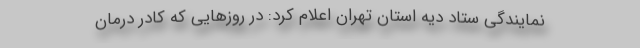
نمایندگی ستاد دیه استان تهران اعلام کرد: در روزهایی که کادر درمان